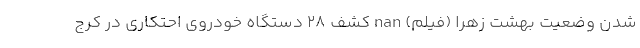
شدن وضعیت بهشت زهرا (فیلم) nan کشف 28 دستگاه خودروی احتکاری در کرج